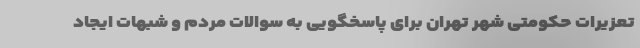
تعزیرات حکومتی شهر تهران برای پاسخگویی به سوالات مردم و شبهات ایجاد